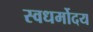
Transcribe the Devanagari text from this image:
स्वधर्मोदय